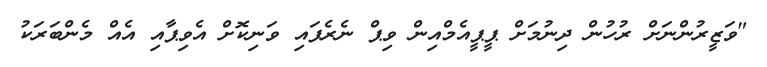
"ވަޒީރުންނަށް ރުހުން ދިނުމަށް ޕީޕީއެމްއިން ވިޕް ނެރެފައި ވަނިކޮށް އެވިޕާއި އެއް މެންބަރަކު